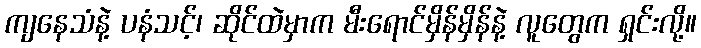
ကျနေသံနဲ့ ပနံသင့်၊ ဆိုင်ထဲမှာက မီးရောင်မှိန်မှိန်နဲ့ လူတွေက ရှင်းလို့။